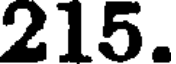
215.